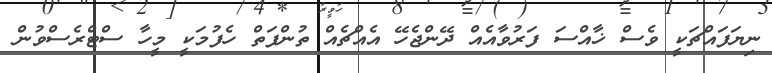
ނިޔަފައްޗަކީ ވެސް ޚާއްސަ ފަރުވާއެއް ދޭންޖެހޭ އެއްޗެއް ތުންފަތް ހެފުމަކީ މީހާ ސްޓްރެސްވުން